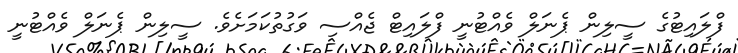
ފްލައިޓުގެ ސީލިން ޕެނަލް ވެއްޓުނީ ފްލައިޓް ޖެއްސި ވަގުތުކަމަށެވެ. ސީލިން ޕެނަލް ވެއްޓުނީ